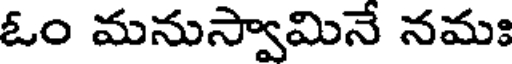
ఓం మనుస్వామినే నమః